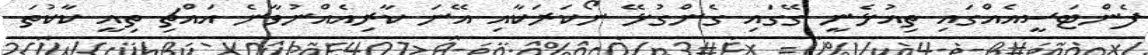
ފެންޓަސީއެއްގައި ތިއުޅެނީ ގޭގައި ގެންގުޅޭ ނޯކަރަކާއި އޭނަ ކާރިއެއްނުވާނެ އައްޗި ތިއީ ކާކުތަ